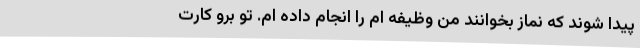
پیدا شوند که نماز بخوانند من وظیفه ام را انجام داده ام. تو برو کارت